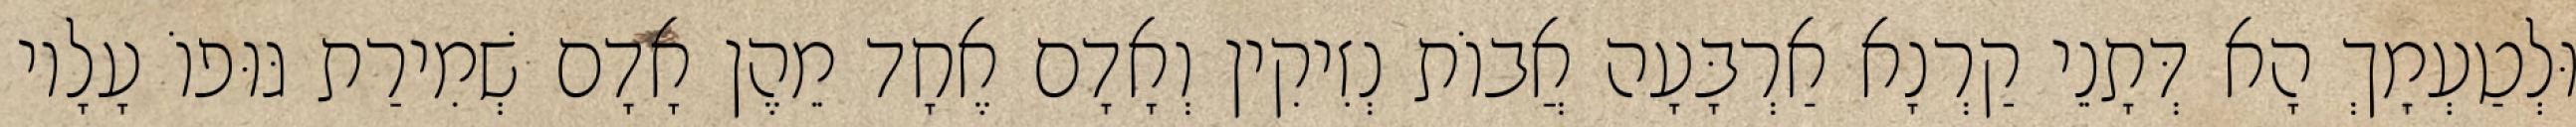
וּלְטַעְמָךְ הָא דְּתָנֵי קַרְנָא אַרְבָּעָה אֲבוֹת נְזִיקִין וְאָדָם אֶחָד מֵהֶן אָדָם שְׁמִירַת גּוּפוֹ עָלָיו